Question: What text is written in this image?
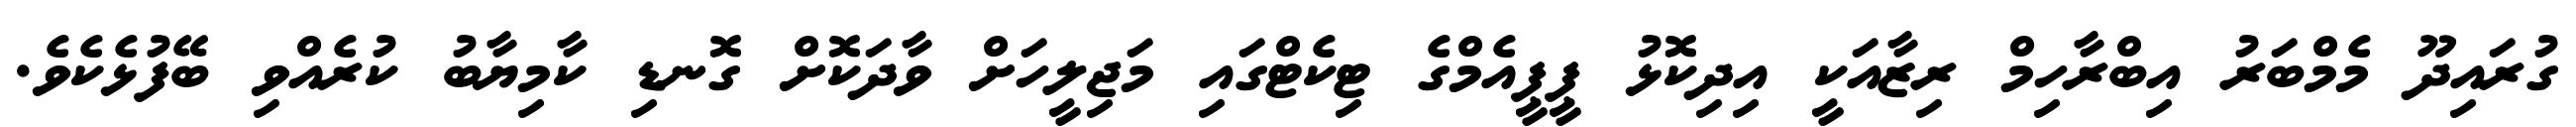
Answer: ގުރައިދޫ މެމްބަރު އިބްރާހިމް ރިޒާއަކީ އިދިކޮޅު ޕީޕީއެމްގެ ޓިކެޓްގައި މަޖިލީހަށް ވާދަކޮށް ގޮނޑި ކާމިޔާބު ކުރެއްވި ބޭފުޅެކެވެ.